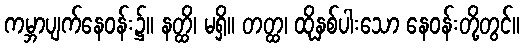
ကမ္ဘာပျက်နေဝန်း၌။ နတ္ထိ၊ မရှိ။ တတ္ထ၊ ထိုနှစ်ပါးသော နေဝန်းတို့တွင်။